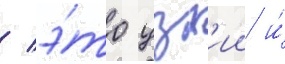
/ э́то узк'ии и́